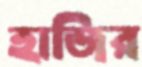
হাজির